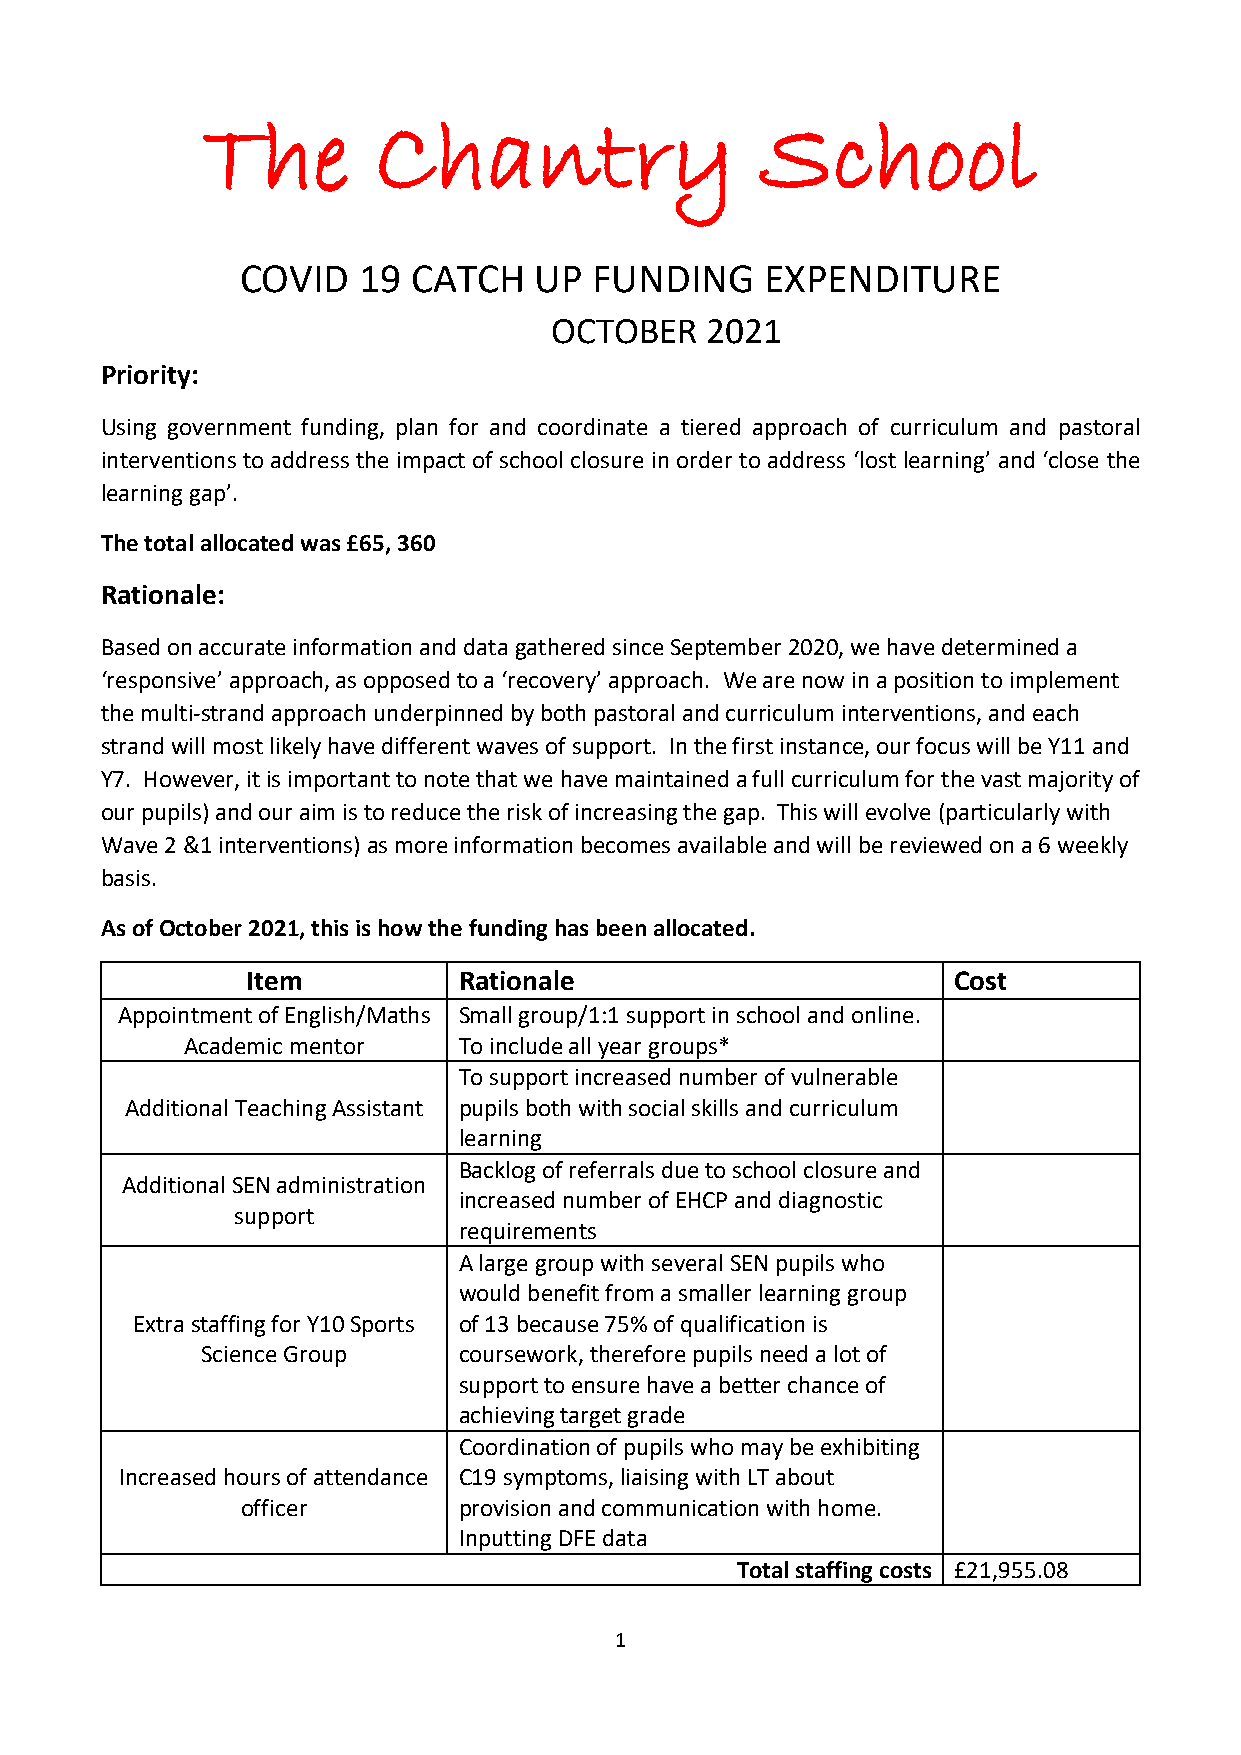
The         Chantry                  School
 COVID   19 CATCH   UP  FUNDING     EXPENDITURE
 OCTOBER    2021
 Priority:
 Using government funding, plan for and coordinate a tiered approach of curriculum and pastoral
 interventions to address the impact of school closure in order to address ‘lost learning’ and ‘close the
 learning gap’.
 The total allocated was £65, 360
 Rationale:
 Based on accurate information and data gathered since September 2020, we have determined a
 ‘responsive’ approach, as opposed to a ‘recovery’ approach. We are now in a position to implement
 the multi-strand approach underpinned by both pastoral and curriculum interventions, and each
 strand will most likely have different waves of support. In the first instance, our focus will be Y11 and
 Y7. However, it is important to note that we have maintained a full curriculum for the vast majority of
 our pupils) and our aim is to reduce the risk of increasing the gap. This will evolve (particularly with
 Wave 2 &1 interventions) as more information becomes available and will be reviewed on a 6 weekly
 basis.
 As of October 2021, this is how the funding has been allocated.
 Item          Rationale                        Cost
 Appointment of English/Maths Small group/1:1 support in school and online.
 Academic mentor   To include all year groups*
 To support increased number of vulnerable
 Additional Teaching Assistant pupils both with social skills and curriculum
 learning
 Backlog of referrals due to school closure and
 Additional SEN administration
 increased number of EHCP and diagnostic
 support
 requirements
 A large group with several SEN pupils who
 would benefit from a smaller learning group
 Extra staffing for Y10 Sports of 13 because 75% of qualification is
 Science Group    coursework, therefore pupils need a lot of
 support to ensure have a better chance of
 achieving target grade
 Coordination of pupils who may be exhibiting
 Increased hours of attendance C19 symptoms, liaising with LT about
 officer       provision and communication with home.
 Inputting DFE data
 Total staffing costs £21,955.08
 1